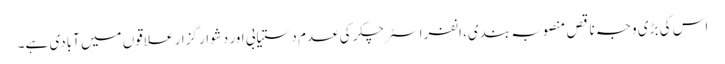
اس کی بڑی وجہ ناقص منصوبہ بندی، انفراسٹرچکر کی عدم دستیابی اور دشوار گزار علاقوں میں آبادی ہے۔